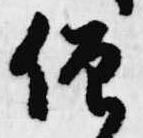
僧